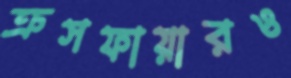
ক্রসফায়ারও